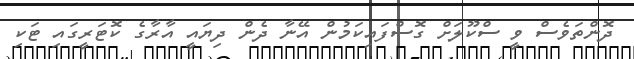
ދޮންތަވެސް ވީ ސްކޫލަށް ގޮސްފައިކަމުން އޭނާ ދެން ދިޔައީ އާރާގެ ކޮޓަރީގައި ޓަކި